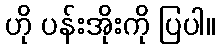
ဟို ပန်းအိုးကို ပြပါ။